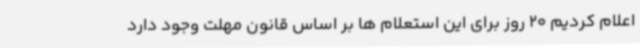
اعلام کردیم 20 روز برای این استعلام ها بر اساس قانون مهلت وجود دارد